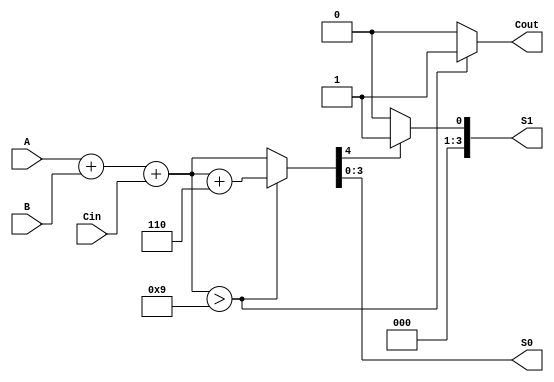
module BCD_Redundant_Binary_Adder (
    input [3:0] A,       // BCD input A
    input [3:0] B,       // BCD input B
    input Cin,           // Carry-in
    output reg [3:0] S0, // Lower BCD digit output
    output reg [3:0] S1, // Higher BCD digit output
    output reg Cout      // Carry-out
);

    // Internal signals
    wire [4:0] sum;      // 5-bit sum for BCD addition
    wire [4:0] corrected_sum; // Corrected sum after BCD adjustment

    // Binary addition of A, B, and Cin
    assign sum = A + B + Cin;

    // BCD correction logic
    always @(*) begin
        if (sum > 9) begin
            corrected_sum = sum + 5'd6; // Add correction factor (6)
            Cout = 1;                   // Set carry-out
        end else begin
            corrected_sum = sum;        // No correction needed
            Cout = 0;                   // Clear carry-out
        end
    end

    // Assign outputs
    always @(*) begin
        S0 = corrected_sum[3:0]; // Lower 4 bits as lower BCD digit
        S1 = corrected_sum[4] ? 4'b0001 : 4'b0000; // Higher digit based on carry
    end

endmodule